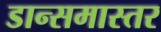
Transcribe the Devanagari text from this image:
डान्समास्तर